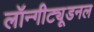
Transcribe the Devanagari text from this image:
लॉन्गीट्यूडनल